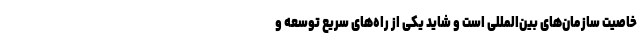
خاصیت سازمان‌های بین‌المللی است و شاید یکی از راه‌های سریع توسعه و